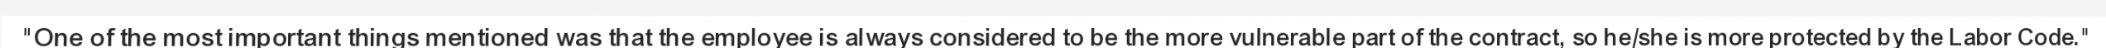
"One of the most important things mentioned was that the employee is always considered to be the more vulnerable part of the contract, so he/she is more protected by the Labor Code."